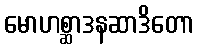
မောဟစ္ဆာဒနဆာဒိတော